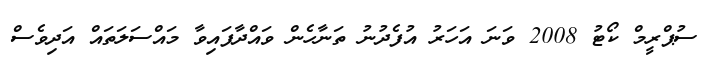
ސުޕްރީމް ކޯޓު 2008 ވަނަ އަހަރު އުފެދުނު ތަނާހެން ވައްދާފައިވާ މައްސަލަތައް އަދިވެސް